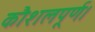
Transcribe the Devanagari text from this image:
कौशलपूर्ण।